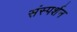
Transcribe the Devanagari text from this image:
संस्पर्शन